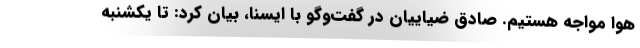
هوا مواجه هستیم. صادق ضیاییان در گفت‌وگو با ایسنا، بیان کرد: تا یکشنبه